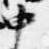
中